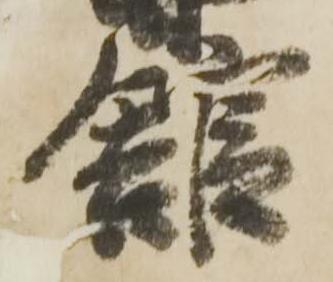
館